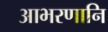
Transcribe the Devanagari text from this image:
आभरणानि